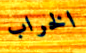
الخراب